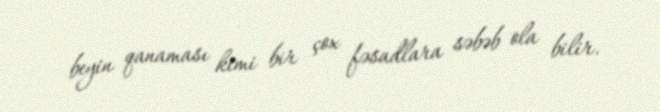
beyin qanaması kimi bir çox fəsadlara səbəb ola bilir.